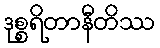
ဒုစ္စရိတာနီတိဿ